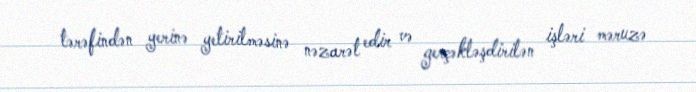
tərəfindən yerinə yetirilməsinə nəzarət edir və gerçəkləşdirilən işləri məruzə